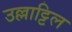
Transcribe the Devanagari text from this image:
उल्लाट्टिल